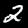
Label: 2